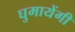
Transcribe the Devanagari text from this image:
घुमायेंगी